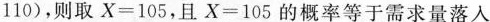
110)，则取$$X = 1 0 5$$，且$$X = 1 0 5$$的概率等于需求量落人